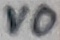
Text: VO